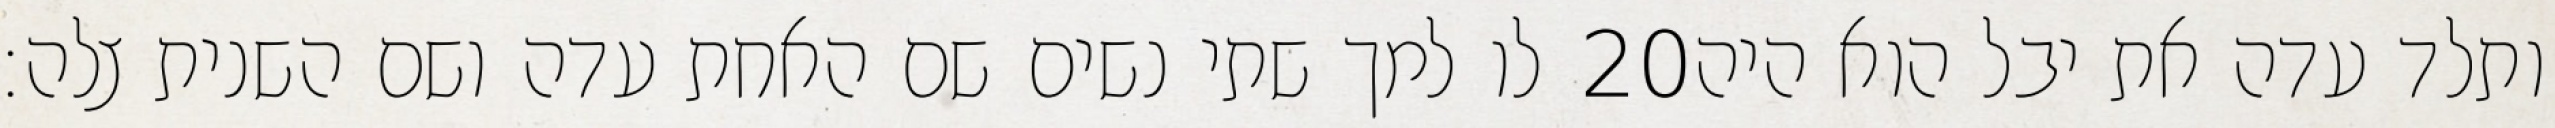
לו למך שתי נשים שם האחת עדה ושם השנית צלה׃ ‎20‏ ותלד עדה את יבל הוא היה